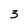
Character: 3